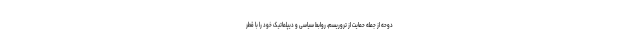
دوحه از جمله حمایت از تروریسم، روابط سیاسی و دیپلماتیک خود را با قطر